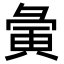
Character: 𫹆